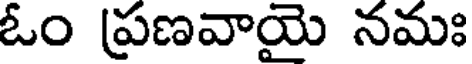
ఓం ప్రణవాయై నమః